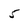
Character: 5